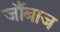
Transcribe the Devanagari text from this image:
जाँबाज